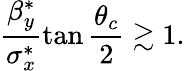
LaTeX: \frac{\beta_{y}^{*}}{\sigma_{x}^{*}}\tan\frac{\theta_{c}}{2}\gtrsim 1.